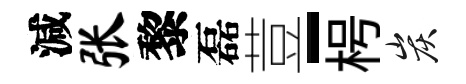
減张黎磊荳-枵炭